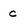
Character: c